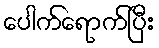
ပေါက်ရောက်ပြီး